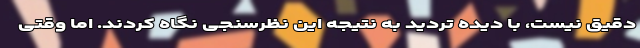
دقیق نیست، با دیده تردید به نتیجه این نظرسنجی نگاه کردند. اما وقتی